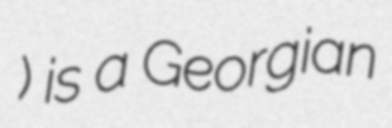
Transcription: აკაკი) is a Georgian